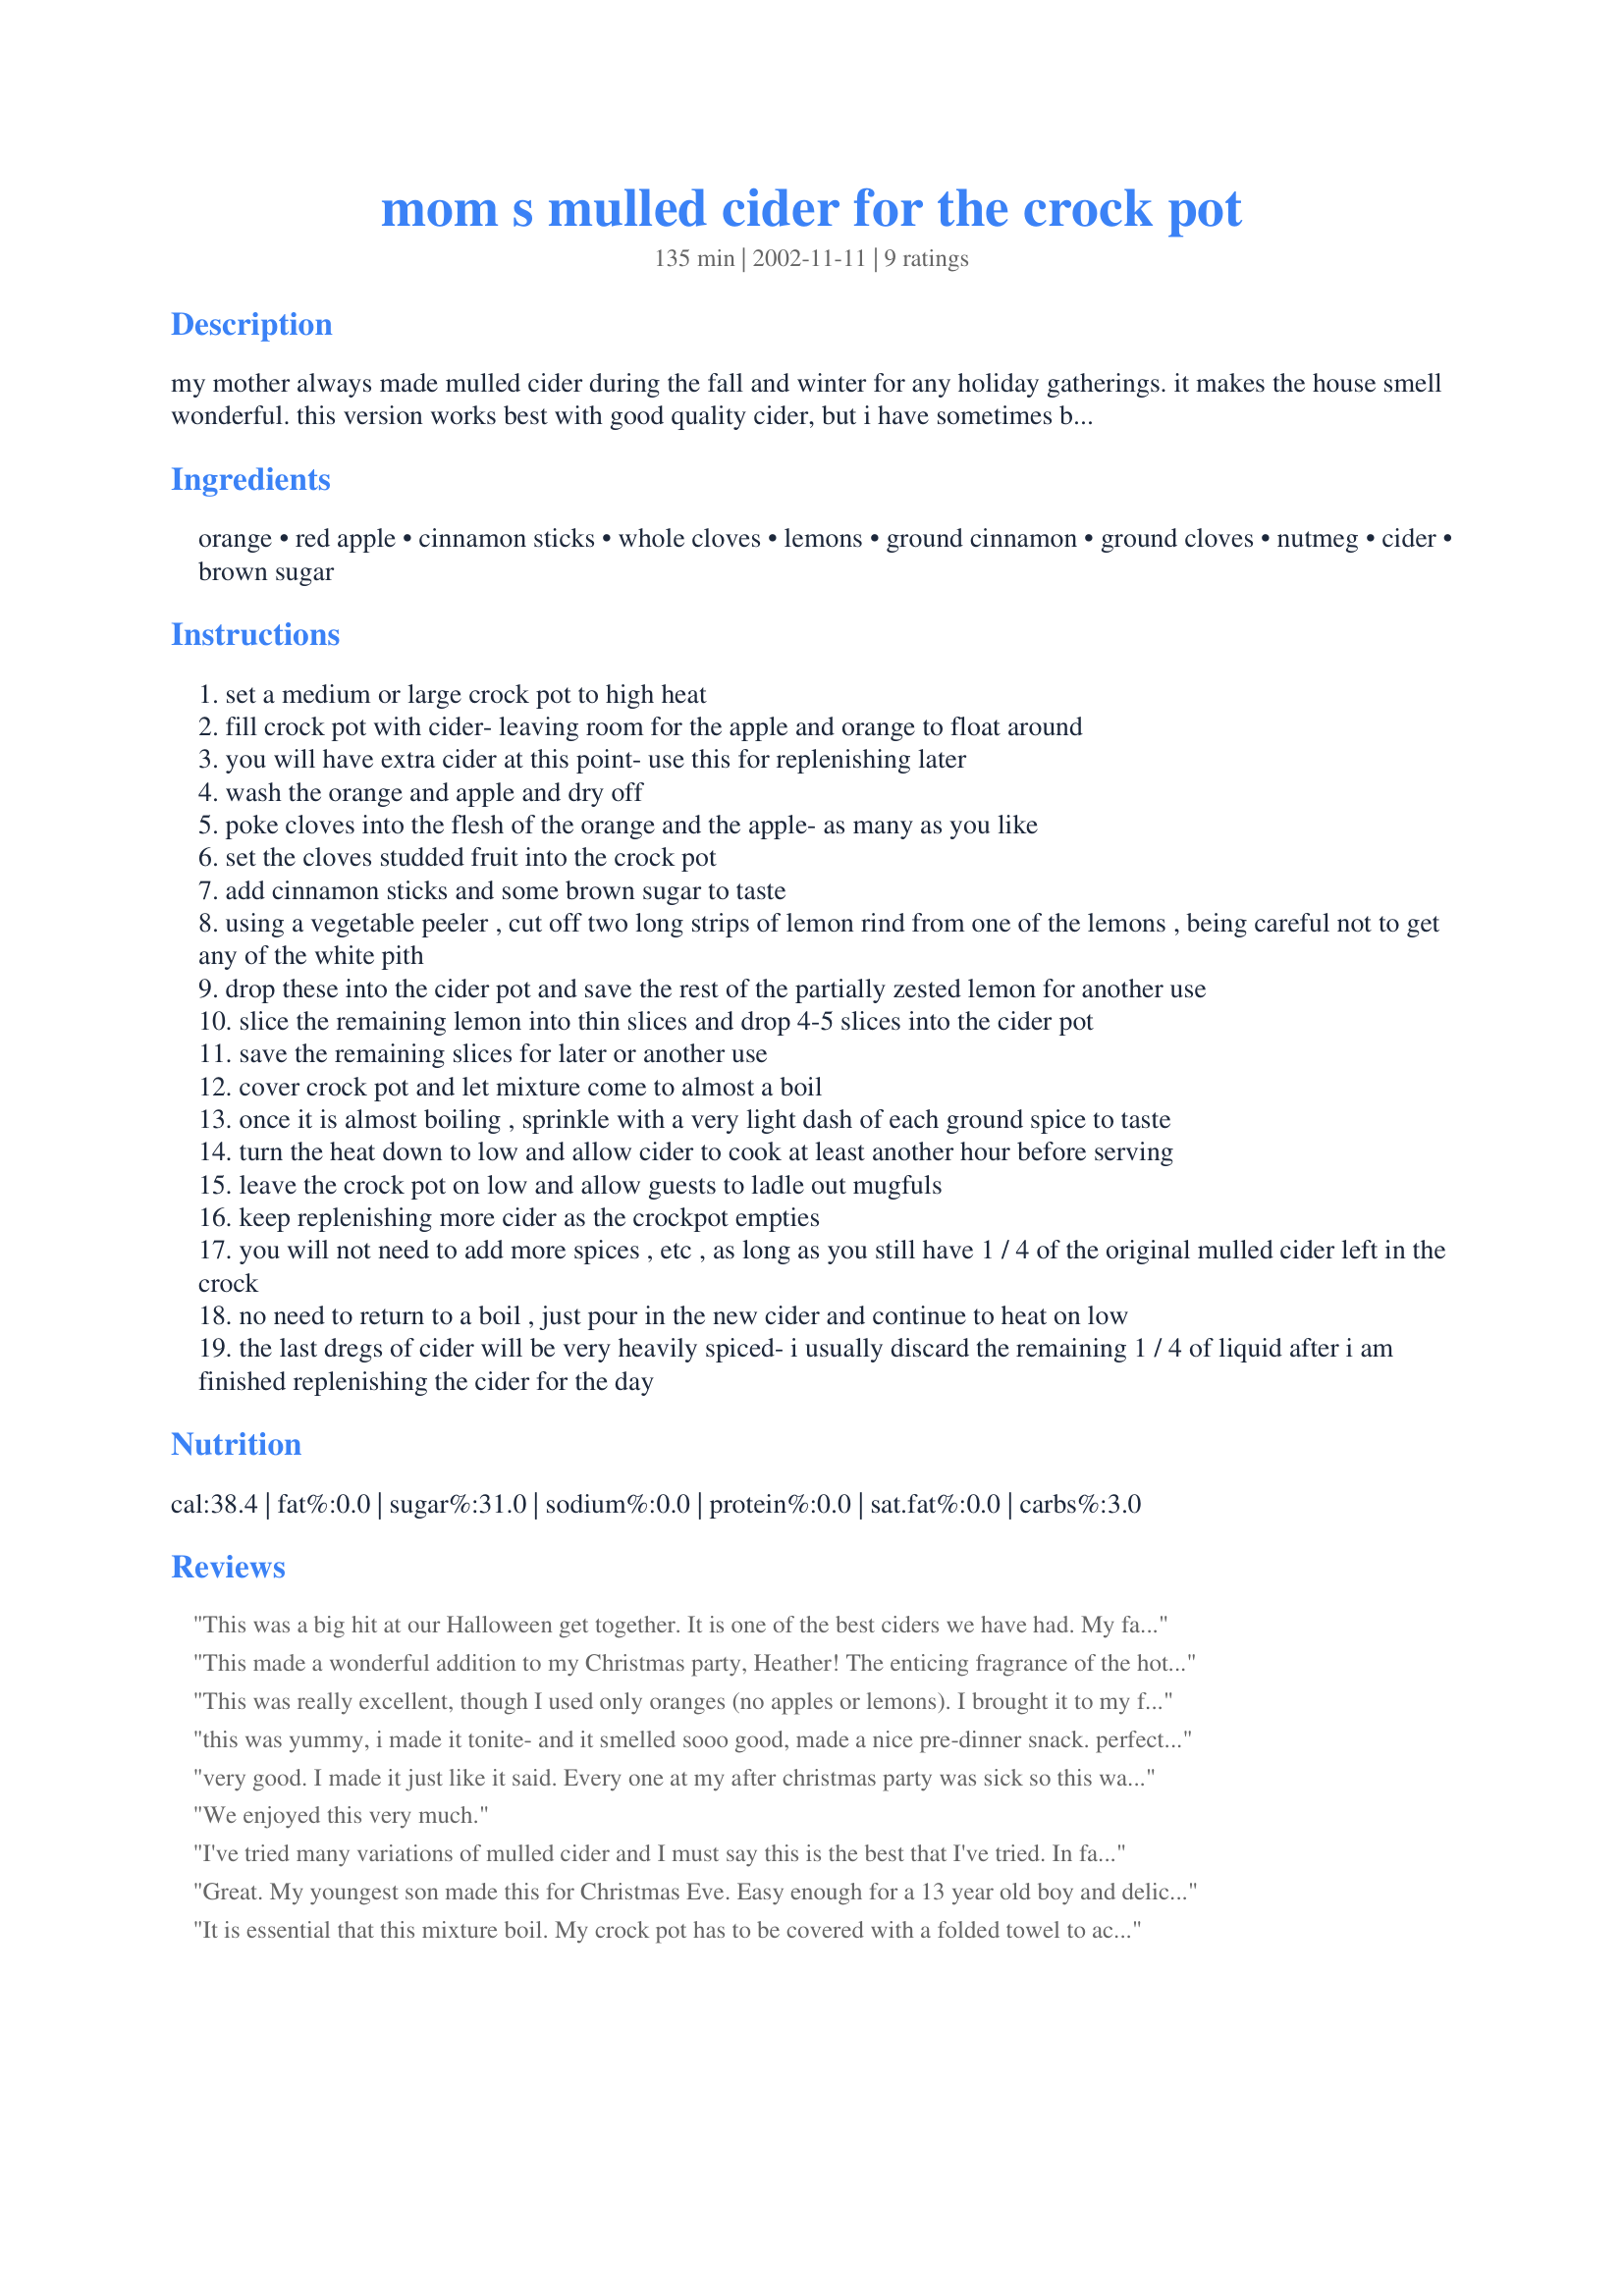
mom s mulled cider for the crock pot
Preparation time: 135 minutes

my mother always made mulled cider during the fall and winter for any holiday gatherings. it makes the house smell wonderful. this version works best with good quality cider, but i have sometimes been forced to use grocery store jugs and it still tastes good. this will be highly spiced and has a bit of a citrusy tang from the lemons. serving size will vary greatly depending upon the size of your crock.

Ingredients:
orange, red apple, cinnamon sticks, whole cloves, lemons, ground cinnamon, ground cloves, nutmeg, cider, brown sugar

Steps:
set a medium or large crock pot to high heat
fill crock pot with cider- leaving room for the apple and orange to float around
you will have extra cider at this point- use this for replenishing later
wash the orange and apple and dry off
poke cloves into the flesh of the orange and the apple- as many as you like
set the cloves studded fruit into the crock pot
add cinnamon sticks and some brown sugar to taste
using a vegetable peeler , cut off two long strips of lemon rind from one of the lemons , being careful not to get any of the white pith
drop these into the cider pot and save the rest of the partially zested lemon for another use
slice the remaining lemon into thin slices and drop 4-5 slices into the cider pot
save the remaining slices for later or another use
cover crock pot and let mixture come to almost a boil
once it is almost boiling , sprinkle with a very light dash of each ground spice to taste
turn the heat down to low and allow cider to cook at least another hour before serving
leave the crock pot on low and allow guests to ladle out mugfuls
keep replenishing more cider as the crockpot empties
you will not need to add more spices , etc , as long as you still have 1 / 4 of the original mulled cider left in the crock
no need to return to a boil , just pour in the new cider and continue to heat on low
the last dregs of cider will be very heavily spiced- i usually discard the remaining 1 / 4 of liquid after i am finished replenishing the cider for the day

Reviews:
This was a big hit at our Halloween get together. It is one of the best ciders we have had. My family asked me to make it for our Halloween get togethers from now. 

Thanks HeatherFeather.
This made a wonderful addition to my Christmas party, Heather! The enticing fragrance of the hot cider and spices filled the air with holiday cheer. The taste was excellent and using the crockpot made serving this recipe very simple. This recipe made an excellent choice to serve my guests who chose to stay alcohol-free. Thanks so much for sharing this delightful recipe!
This was really excellent, though I used only oranges (no apples or lemons). I brought it to my first Thanksgiving with the in-laws and it was a hit!
this was yummy, i made it tonite- and it smelled sooo good, made a nice pre-dinner snack. perfect for a chilly day
very good. I made it just like it said. Every one at my after christmas party was sick so this was very warmly welcomed.
We enjoyed this very much.
I've tried many variations of mulled cider and I must say this is the best that I've tried. In fact, I've been making it a few years now for my office at Christmas time and it always gets rave reviews.

I use only 1 orange and 1 apple and I also tend to cut back a little on the sugar. Do as the author says and add the sugar to your own preferences. Also, I've learned over the years that using a large crockpot means it takes longer for the cider to reach a boil. I just give myself extra time when making it. If it's done sooner than expected, it can safely sit on low until serving time. (But why would you want to wait!)
Great. My youngest son made this for Christmas Eve. Easy enough for a 13 year old boy and delicious. I love the smell. Thanks!
It is essential that this mixture boil. My crock pot has to be covered with a folded towel to accomplish this, even when set on high.

I skipped the apple and lemons, but used 2 oranges, each cut into 4 wedges. I also used 4 6-inch cinnamon (cassia) quills.

The result is fantastic, especially if a bit of spiced rum is added to the cup before serving.

Afterwards when I drained the leftovers for storage, the orange wedges tasted really good, too. :-)

Next time I will add a couple of pods of cardamom.
